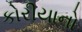
કોરીયાનો